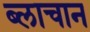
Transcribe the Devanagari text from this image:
ब्लाचान